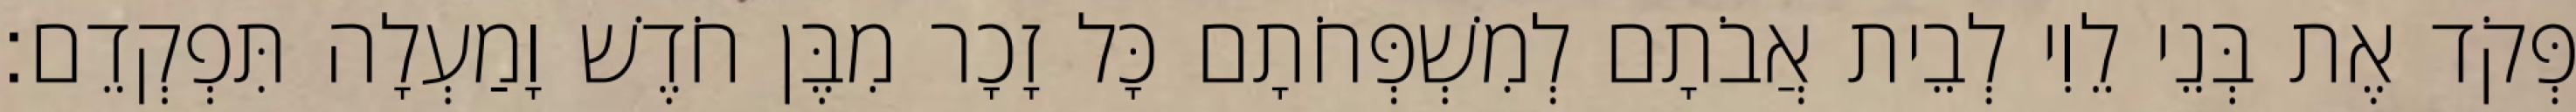
פְּקֹד אֶת בְּנֵי לֵוִי לְבֵית אֲבֹתָם לְמִשְׁפְּחֹתָם כָּל זָכָר מִבֶּן חֹדֶשׁ וָמַעְלָה תִּפְקְדֵם׃